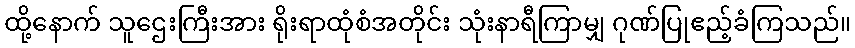
ထို့နောက် သူဌေးကြီးအား ရိုးရာထုံစံအတိုင်း သုံးနာရီကြာမျှ ဂုဏ်ပြုဧည့်ခံကြသည်။